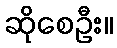
ဆိုစေဦး။